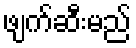
ဖျက်ဆီးမည်